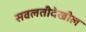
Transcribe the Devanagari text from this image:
सवलतीदेखील